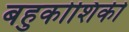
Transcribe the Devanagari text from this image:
बहुकोशिकी